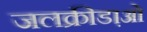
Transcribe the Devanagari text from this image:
जलक्रीडा़ओं